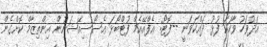
އަދުވަހު ވާހަކަ ފުޅު ދައްކަވަނީ --ފޮޓޯ: އެފްއޭއެމް ފުޓްބޯޅަ އެސޯސިއޭޝަނުން އިންތިޒާމް ކޮށްގެން